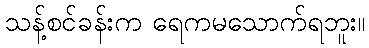
သန့်စင်ခန်းက ရေကမသောက်ရဘူး။